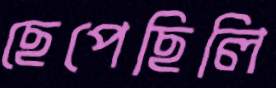
ছেপেছিলি